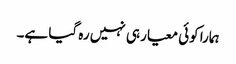
ہمارا کوئی معیار ہی نہیں رہ گیا ہے۔